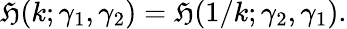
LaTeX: {\mathfrak{H}}(k;\gamma_{1},\gamma_{2})={\mathfrak{H}}(1/k;\gamma_{2},\gamma_{1}).